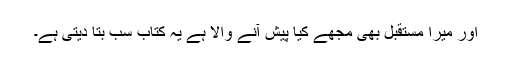
اور میرا مستقبل بھی مجھے کیا پیش آنے والا ہے یہ کتاب سب بتا دیتی ہے۔